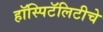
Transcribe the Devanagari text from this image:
हॉस्पिटॅलिटीचे